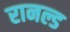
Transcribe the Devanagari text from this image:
रानल्ड